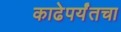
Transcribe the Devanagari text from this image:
काढेपर्यंतचा